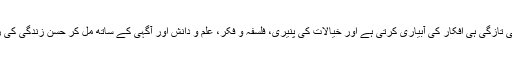
‘‘۷خیالات کی تازگی ہی افکار کی آبیاری کرتی ہے اور خیالات کی پنیری، فلسفہ و فکر، علم و دانش اور آگہی کے ساتھ مل کر حسنِ زندگی کی راہ پاتے ہیں۔